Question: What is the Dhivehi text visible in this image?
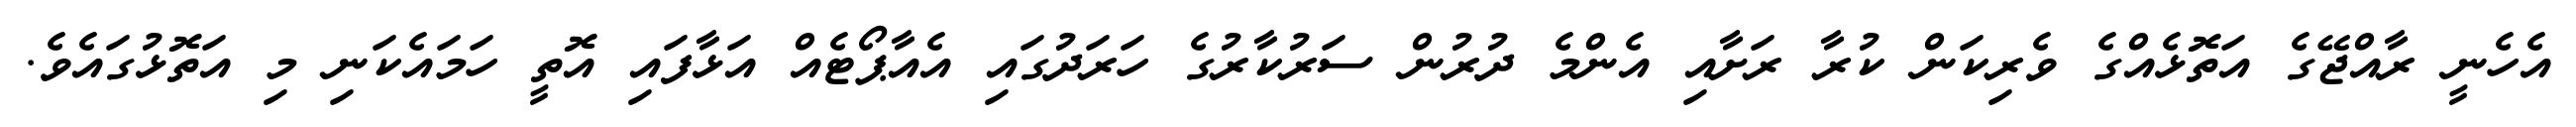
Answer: އެހެނީ ރާއްޖޭގެ އަތޮޅެއްގެ ވެރިކަން ކުރާ ރަށާއި އެންމެ ދުރުން ސަރުކާރުގެ ހަރަދުގައި އެއާޕޯޓެއް އަޅާފައި އޮތީ ހަމައެކަނި މި އަތޮޅުގައެވެ.